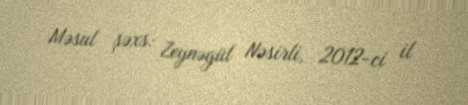
Məsul şəxs: Zeynəgül Nəsirli, 2012-ci il